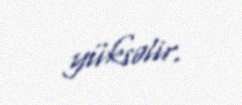
yüksəlir.